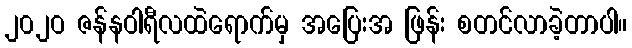
၂၀၂ဝ ဇန်နဝါရီလထဲရောက်မှ အပြေးအ ဖြန်း စတင်လာခဲ့တာပါ။